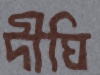
দীঘি